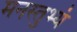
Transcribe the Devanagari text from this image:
मनस्तुभ्यं